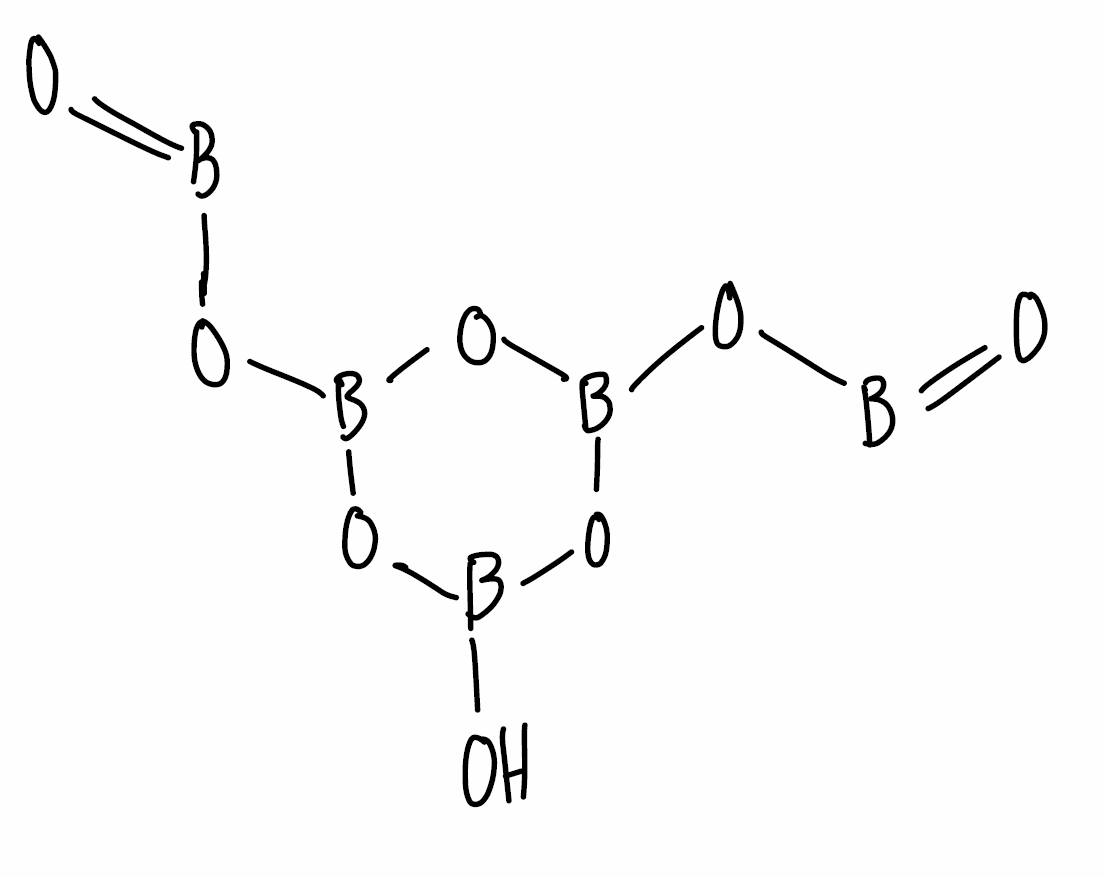
Simplified molecular-input line-entry system (SMILES) notation of the given molecule:
B(=O)OB1OB(OB(O1)OB=O)O